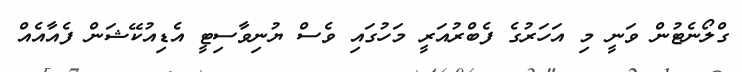
ގްލޯނެޓުން ވަނީ މި އަހަރުގެ ފެބްރުއަރީ މަހުގައި ވެސް ޔުނިވާސިޓީ އެޑިއުކޭޝަން ފެއާއެއް